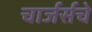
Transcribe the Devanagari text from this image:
चार्जर्सचे